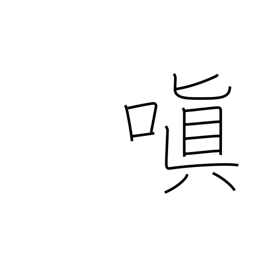
Meaning: be angry